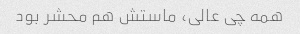
همه چی عالی، ماستش هم محشر بود